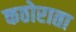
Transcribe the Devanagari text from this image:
कठोराता